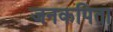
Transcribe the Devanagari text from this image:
जनकपिता